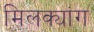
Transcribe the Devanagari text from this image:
मिलक्यांग